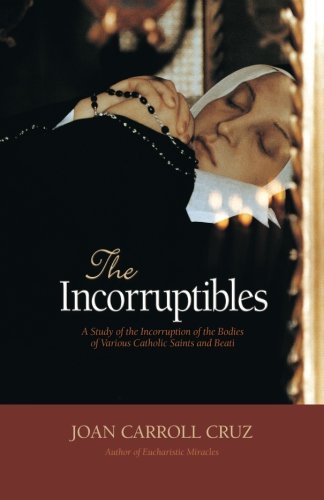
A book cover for The Incorruptibles: A Study of the Incorruption of the Bodies of Various Catholic Saints and Beati; Joan Carroll Cruz; Christian Books & Bibles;